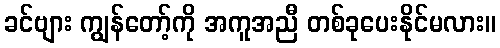
ခင်ဗျား ကျွန်တော့်ကို အကူအညီ တစ်ခုပေးနိုင်မလား။